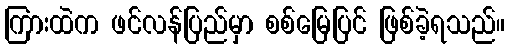
ကြားထဲက ဖင်လန်ပြည်မှာ စစ်မြေပြင် ဖြစ်ခဲ့ရသည်။